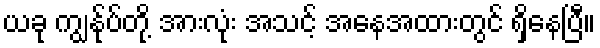
ယခု ကျွန်ုပ်တို့ အားလုံး အသင့် အနေအထားတွင် ရှိနေပြီ။